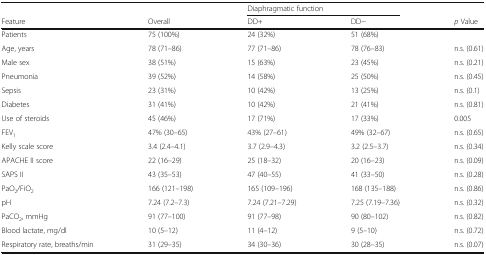
<table><thead><tr><td>[EMPTY_CELL]</td><td>[EMPTY_CELL]</td><td colspan="2"><b>Diaphragmatic function</b></td><td>[EMPTY_CELL]</td></tr><tr><td><b>Feature</b></td><td><b>Overall</b></td><td><b>DD+</b></td><td><b>DD−</b></td><td><b><i>p</i> Value</b></td></tr></thead><tbody><tr><td>Patients</td><td>75 (100%)</td><td>24 (32%)</td><td>51 (68%)</td><td>[EMPTY_CELL]</td></tr><tr><td>Age, years</td><td>78 (71–86)</td><td>77 (71–86)</td><td>78 (76–83)</td><td>n.s. (0.61)</td></tr><tr><td>Male sex</td><td>38 (51%)</td><td>15 (63%)</td><td>23 (45%)</td><td>n.s. (0.21)</td></tr><tr><td>Pneumonia</td><td>39 (52%)</td><td>14 (58%)</td><td>25 (50%)</td><td>n.s. (0.45)</td></tr><tr><td>Sepsis</td><td>23 (31%)</td><td>10 (42%)</td><td>13 (25%)</td><td>n.s. (0.1)</td></tr><tr><td>Diabetes</td><td>31 (41%)</td><td>10 (42%)</td><td>21 (41%)</td><td>n.s. (0.81)</td></tr><tr><td>Use of steroids</td><td>45 (46%)</td><td>17 (71%)</td><td>17 (33%)</td><td>0.005</td></tr><tr><td>FEV<sub>1</sub></td><td>47% (30–65)</td><td>43% (27–61)</td><td>49% (32–67)</td><td>n.s. (0.65)</td></tr><tr><td>Kelly scale score</td><td>3.4 (2.4–4.1)</td><td>3.7 (2.9–4.3)</td><td>3.2 (2.5–3.7)</td><td>n.s. (0.34)</td></tr><tr><td>APACHE II score</td><td>22 (16–29)</td><td>25 (18–32)</td><td>20 (16–23)</td><td>n.s. (0.09)</td></tr><tr><td>SAPS II</td><td>43 (35–53)</td><td>47 (40–55)</td><td>41 (33–50)</td><td>n.s. (0.28)</td></tr><tr><td>PaO<sub>2</sub>/FiO<sub>2</sub></td><td>166 (121–198)</td><td>165 (109–196)</td><td>168 (135–188)</td><td>n.s. (0.86)</td></tr><tr><td>pH</td><td>7.24 (7.2–7.3)</td><td>7.24 (7.21–7.29)</td><td>7.25 (7.19–7.36)</td><td>n.s. (0.32)</td></tr><tr><td>PaCO<sub>2</sub>, mmHg</td><td>91 (77–100)</td><td>91 (77–98)</td><td>90 (80–102)</td><td>n.s. (0.82)</td></tr><tr><td>Blood lactate, mg/dl</td><td>10 (5–12)</td><td>11 (4–12)</td><td>9 (5–10)</td><td>n.s. (0.72)</td></tr><tr><td>Respiratory rate, breaths/min</td><td>31 (29–35)</td><td>34 (30–36)</td><td>30 (28–35)</td><td>n.s. (0.07)</td></tr></tbody></table>